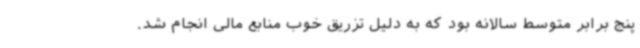
پنج برابر متوسط سالانه بود که به دلیل تزریق خوب منابع مالی انجام شد.